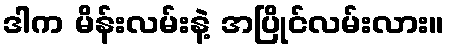
ဒါက မိန်းလမ်းနဲ့ အပြိုင်လမ်းလား။